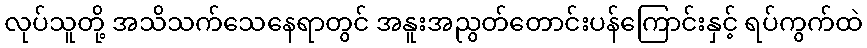
လုပ်သူတို့ အသိသက်သေနေရာတွင် အနူးအညွတ်တောင်းပန်ကြောင်းနှင့် ရပ်ကွက်ထဲ